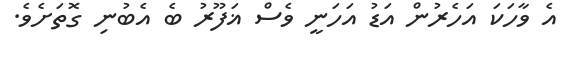
އެ ވާހަކަ އަހެރުން އަޑު އަހަނީ ވެސް ޣަފޫރު ބެ އެބުނި ގޮތަށެވެ.